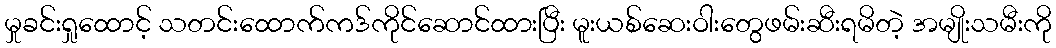
မှုခင်းရှုထောင့် သတင်းထောက်ကဒ်ကိုင်ဆောင်ထားပြီး မူးယစ်ဆေးဝါးတွေဖမ်းဆီးရမိတဲ့ အမျိုးသမီးကို